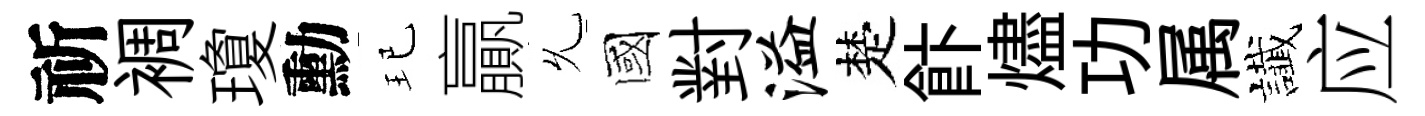
祈裯瓊勳玘贏𠃔國對溢楚飰燼功属䜟应